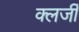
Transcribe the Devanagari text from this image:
क्लर्जी